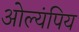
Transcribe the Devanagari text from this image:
ओल्यंपिय